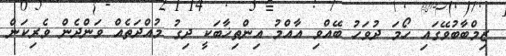
ޒިމްބާބުވޭގައި ހޯމަ ދުވަހު ބޭއްވި އާއްމު އިންތިޚާބަކީ ދިގު މުއްދަތެއް ވަންދެން ވެރިކަން